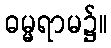
ဓမ္မရာမ၌။